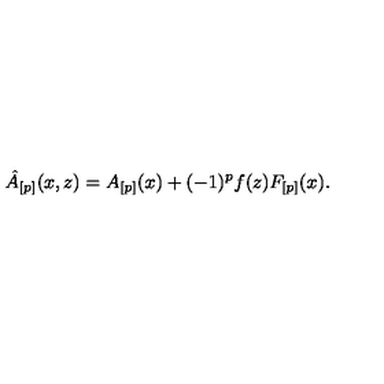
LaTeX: \hat { A } _ { [ p ] } ( x , z ) = A _ { [ p ] } ( x ) + ( - 1 ) ^ { p } f ( z ) F _ { [ p ] } ( x ) .